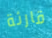
قارئة